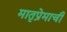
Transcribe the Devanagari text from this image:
मातृप्रेमाची